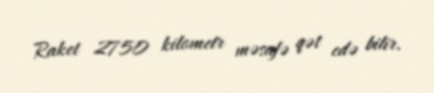
Raket 2750 kilometr məsafə qət edə bilir.